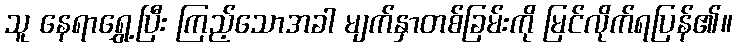
သူ နေရာရွှေ့ပြီး ကြည့်သောအခါ မျက်နှာတစ်ခြမ်းကို မြင်လိုက်ရပြန်၏။